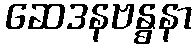
ဆေဒနဗန္ဓနာ